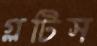
গ্লটিস